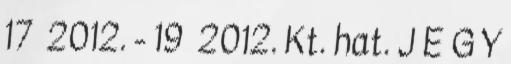
17 2012. - 19 2012. Kt. hat. J E G Y